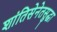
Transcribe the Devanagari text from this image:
शांतिसेनेतसुद्धा